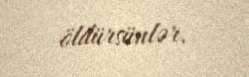
öldürsünlər.